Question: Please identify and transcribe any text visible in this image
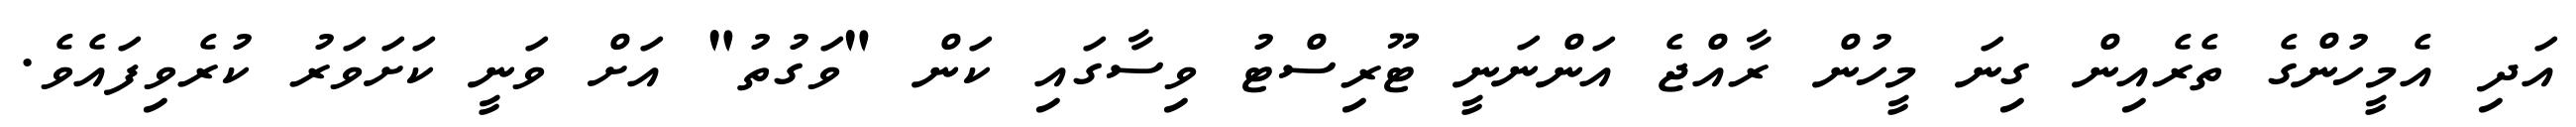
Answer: އަދި އެމީހުންގެ ތެރެއިން ގިނަ މީހުން ރާއްޖެ އަންނަނީ ޓޫރިސްޓު ވިސާގައި ކަން "ވަގުތު" އަށް ވަނީ ކަށަވަރު ކުރެވިފައެވެ.